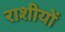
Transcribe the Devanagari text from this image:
राशीयों